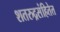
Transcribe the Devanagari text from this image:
शतरुद्रसंहितेत